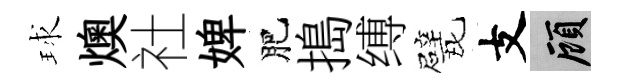
球燠社婢肥搗缚戏支顧